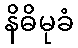
နိဓိမုခံ